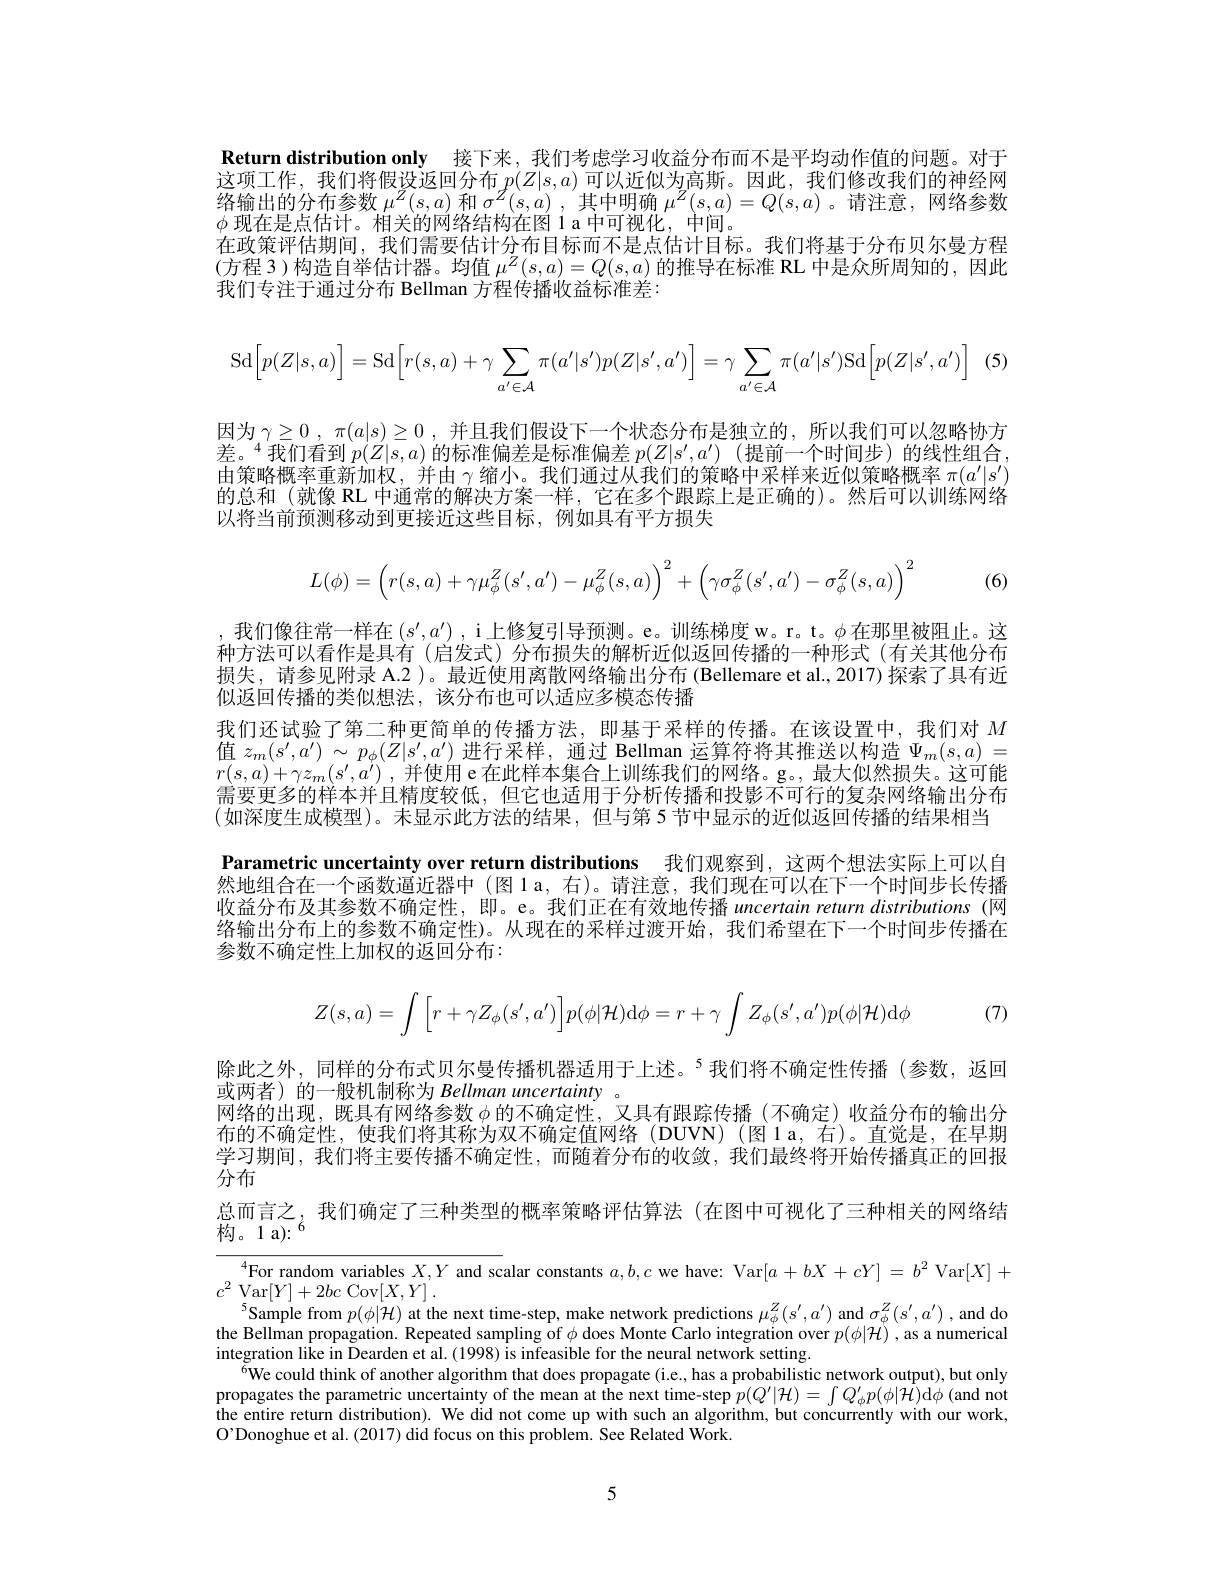
Return distribution only 接下来，我们考虑学习收益分布而不是平均动作值的问题。对于这项工作，我们将假设返回分布$p(Z|s,a)$可以近似为高斯。因此，我们修改我们的神经网络输出的分布参数$\mu^Z(s,a)$和$\sigma^Z(s,a)$ ,其中明确$\mu^Z(s,a)=Q(s,a)$ 。请注意，网络参数$\phi$现在是点估计。相关的网络结构在图 1 a 中可视化，中间。
在政策评估期间，我们需要估计分布目标而不是点估计目标。我们将基于分布贝尔曼方程(方程 3)构造自举估计器。均值 $\mu^Z(s,a)=Q(s,a)$ 的推导在标准 RL 中是众所周知的，因此我们专注于通过分布 Bellman 方程传播收益标准差：
$$\mathrm{Sd}\Big[p(Z|s,a)\Big]=\mathrm{Sd}\Big[r(s,a)+\gamma\sum_{a'\in\mathcal{A}}\pi(a'|s')p(Z|s',a')\Big]=\gamma\sum_{a'\in\mathcal{A}}\pi(a'|s')\mathrm{Sd}\Big[p(Z|s',a')\Big]$$
因为$\gamma \geq 0$ , $\pi$( a| s) $\geq$0 , 并 且 我 们 假 设 下 一 个 状 态 分 布 是 独 立 的 , 所 以 我 们 可 以 忽 略 协 方 差。$^4$我们看到$p(Z|s,a)$的标准偏差是标准偏差$p(Z|s^\prime,a^{\prime})$ (提前一个时间步)的线性组合由策略概率重新加权，并由$\gamma$缩小。我们通过从我们的策略中采样来近似策略概率 $\pi(a^{\prime}|s^{\prime})$ 的总和 (就像 RL 中通常的解决方案一样，它在多个跟踪上是正确的)。然后可以训练网络以将当前预测移动到更接近这些目标，例如具有平方损失
$$L(\phi)=\begin{pmatrix}r(s,a)+\gamma\mu_\phi^Z(s',a')-\mu_\phi^Z(s,a)\end{pmatrix}^2+\begin{pmatrix}\gamma\sigma_\phi^Z(s',a')-\sigma_\phi^Z(s,a)\end{pmatrix}^2$$
(6)

我们还试验了第二种更简单的传播方法，即基于采样的传播。在该设置中，我们对$M$ 值$z_m(s^{\prime},a^{\prime})\sim p_\phi(Z|s^{\prime},a^{\prime})$进行采样，通过 Bellman 运算符将其推送以构造$\Psi_m(s,a)=$

我们像往常一样在 $(s^\prime,a^{\prime})$ ,i 上修复引导预测。e。训练梯度 w。r。t。$\phi$在那里被阻止。这种方法可以看作是具有 (启发式)分布损失的解析近似返回传播的一种形式 (有关其他分布损失，请参见附录 A.2 )。最近使用离散网络输出分布 (Bellemare et al., 2017) 探索了具有近似返回传播的类似想法，该分布也可以适应多模态传播
$r( s, a) + \gamma z_m( s^{\prime }, a^{\prime })$ ,并使用 e在此样本集合上训练我们的网络。g。, 最大似然损失。这可能需要更多的样本并且精度较低，但它也适用于分析传播和投影不可行的复杂网络输出分布(如深度生成模型)。未显示此方法的结果，但与第 5 节中显示的近似返回传播的结果相当Parametric uncertainty over return distributions 我们观察到，这两个想法实际上可以自然地组合在一个函数逼近器中(图1a，右)。请注意，我们现在可以在下一个时间步长传播收益分布及其参数个确定性，即。e。我们正在有效地传播uncertain return distributions (网络输出分布上的参数不确定性)。从现在的采样过渡开始，我们希望在下一个时间步传播在参数不确定性上加权的返回分布：

$b$ (7)
$$Z(s,a)=\int\Big[r+\gamma Z_\phi(s',a')\Big]p(\phi|\mathcal{H})\mathrm{d}\phi=r+\gamma\int Z_\phi(s',a')p(\phi|\mathcal{H})\mathrm{d}\phi $$
除此之外，同样的分布式贝尔曼传播机器适用于上述。$^{5}$我们将不确定性传播(参数，返回
或两者)的一般机制称为 Bellman uncertainty
网络的出现，既具有网络参数$\phi$的不确定性，又具有跟踪传播(不确定)收益分布的输出分布的不确定性，使我们将其称为双不确定值网络(DUVN)(图1a，右)。直觉是，在早期学习期间，我们将主要传播不确定性，而随着分布的收敛，我们最终将开始传播真正的回报分布
总而言之，我们确定了三种类型的概率策略评估算法(在图中可视化了三种相关的网络结
构。1 a): $^{6}$

$^4$For random variables $X,Y$ and scalar constants $a,b,c$ we have: Var$[a+bX+cY]=b^2$ Var$[X]+$
$c^{2}$ Var$[Y]+2bc$ Cov$[X,Y]^{\prime}.$
$^{5}$Sample from $p(\phi|\mathcal{H})$ at the next time-step, make network predictions $\mu_\phi^Z(s^{\prime},a^{\prime})$ and $\sigma_\phi^Z(s^{\prime},a^{\prime})$, and do the Bellman propagation. Repeated sampling of $\phi$ does Monte Carlo integration over $p(\phi|\mathcal{H})$, as a numerical integration like in Dearden et al.(1998) is infeasible for the neural network setting.
$^{6}$We could think of another algorithm that does propagate (i.e., has a probabilistic network output), but only propagates the parametric uncertainty of the mean at the next time-step $p(Q^{\prime}|\mathcal{H})=\int Q_{\phi}^{\prime}p(\phi|\mathcal{H})$d$\phi$ (and not the entire return distribution). We did not come up with such an algorithm, but concurrently with our work, O'Donoghue et al. (2017) did focus on this problem. See Related Work.

5